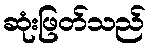
ဆုံးဖြတ်သည်